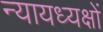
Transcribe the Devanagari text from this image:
न्यायध्यक्षों